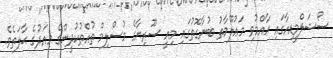
ސޯޝަލްމީޑިއާގައި ޢާއްމުވި މަޢުލޫމާތު ބުނާގޮތުގައި މިއީ ސޫރިޔާގެ މުސްލިމް ތުއްތުކުދީންގެ މިއަދުގެ ޙާލަތެވެ.